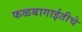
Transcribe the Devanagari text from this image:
फळबागाईतीचे